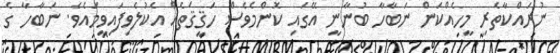
ނުރައްކާތެރި މީހެއްކަން ނަބާހާ ބުނާނީ އޭގައި ކޮންމެވެސް ހަޤީޤަތެއް އެކުލެވިފައިވީމައެވެ. ނަބާހާ ގެ